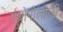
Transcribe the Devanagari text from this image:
एंथ्रोपोलोजी